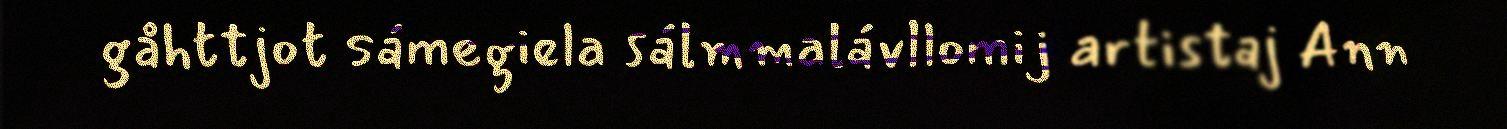
gåhttjot sámegiela sálmmalávllomij artistaj Ann